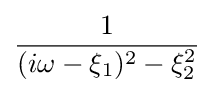
{\frac {1}{(i\omega -\xi _{1})^{2}-\xi _{2}^{2}}}